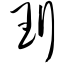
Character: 珩